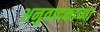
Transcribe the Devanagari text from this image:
अनुवादकाच्या